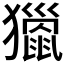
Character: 𤢪